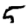
Digit: 5